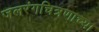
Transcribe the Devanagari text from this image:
जलरंगचित्रणाच्या